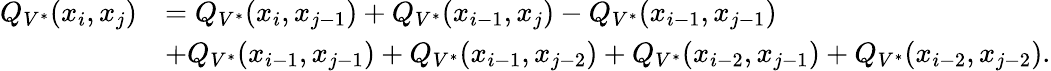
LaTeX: \begin{array}{rl}{Q_{V^{*}}(x_{i},x_{j})}&{=Q_{V^{*}}(x_{i},x_{j-1})+Q_{V^{*}}(x_{i-1},x_{j})-Q_{V^{*}}(x_{i-1},x_{j-1})}\\ &{+Q_{V^{*}}(x_{i-1},x_{j-1})+Q_{V^{*}}(x_{i-1},x_{j-2})+Q_{V^{*}}(x_{i-2},x_{j-1})+Q_{V^{*}}(x_{i-2},x_{j-2}).}\end{array}